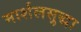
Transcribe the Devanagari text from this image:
मार्शलसुद्धा